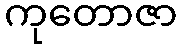
ကုတောဇာ